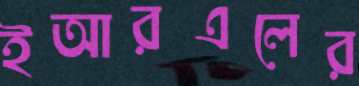
ইআরএলের